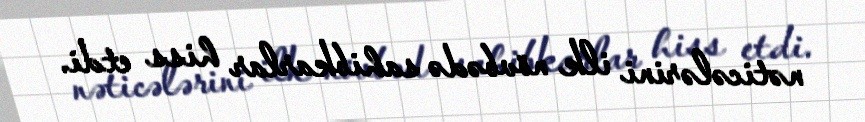
nəticələrini ilk növbədə sahibkarlar hiss etdi.